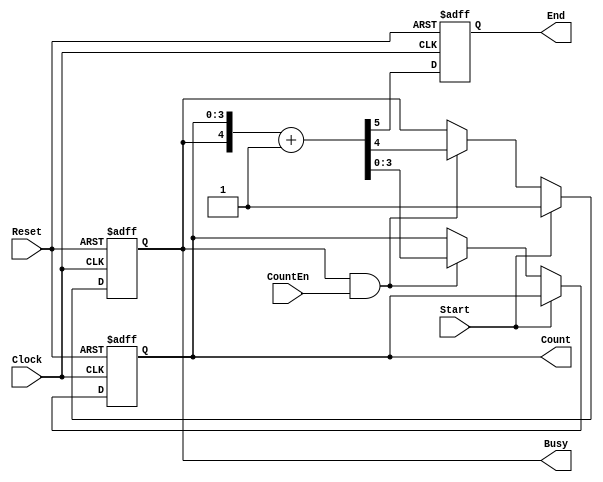
// Start JEgJE^
/* Portlist
StartCounter #(.width())
	scounter(
	.Clock(Clock),
	.Reset(Reset),
	.CountEn(),
	.Start(),
	.Count(),
	.End(),
	.Busy()
	);
*/

module StartCounter
#(
	////////////////////////////////////////////////////
	// Parameters
	parameter width = 4
)
(
	////////////////////////////////////////////////////
	// Ports
	input Clock,Reset,CountEn,Start,
	output reg [width-1:0] Count,
	output reg End,Busy
);
	wire [width+1:0] wCount = {Busy,Count} + 1'b1;
	wire wCarry = wCount[width+1];
	always@(posedge Reset or posedge Clock) begin
		if(Reset)begin
			Count	<= 1'b0;
			Busy	<= 1'b0;
			End		<= 1'b0;
		end else begin		
			if(Start)
				Busy			<= 1'b1;
			else if(Busy && CountEn)
				{Busy,Count}	<= wCount;
				
			End	<= wCarry;
		end
	end
endmodule